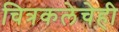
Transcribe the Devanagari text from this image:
चित्रकलेचेही